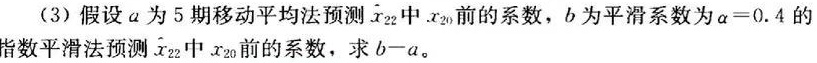
(3) 假设 $a$ 为 5 期移动平均法预测 $\hat{x}_{22}$ 中 $x_{20}$ 前的系数，$b$ 为平滑系数为 $\alpha = 0.4$ 的指数平滑法预测 $\hat{x}_{22}$ 中 $x_{20}$ 前的系数，求 $b - a$。